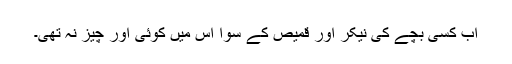
اب کسی بچے کی نیکر اور قمیص کے سوا اس میں کوئی اور چیز نہ تھی۔